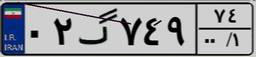
۰۲گ۷۴۹۷۴